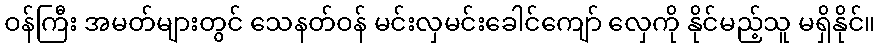
ဝန်ကြီး အမတ်များတွင် သေနတ်ဝန် မင်းလှမင်းခေါင်ကျော် လှေကို နိုင်မည့်သူ မရှိနိုင်။